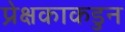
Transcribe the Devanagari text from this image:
प्रेक्षकाकडुन